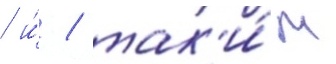
/ и́ / так'и́м